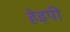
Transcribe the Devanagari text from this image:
हेइपी